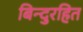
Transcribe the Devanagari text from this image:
बिन्दुरहित